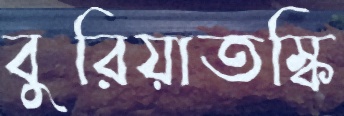
বুরিয়াতস্কি